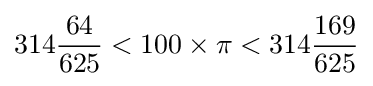
{}314{\frac {64}{625}}<100\times \pi <314{\frac {169}{625}}